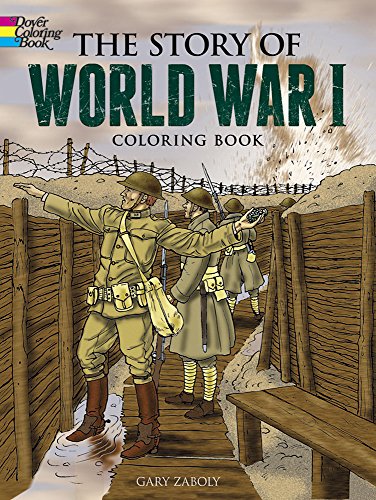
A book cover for The Story of World War I Coloring Book (Dover History Coloring Book); Gary Zaboly; Children's Books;